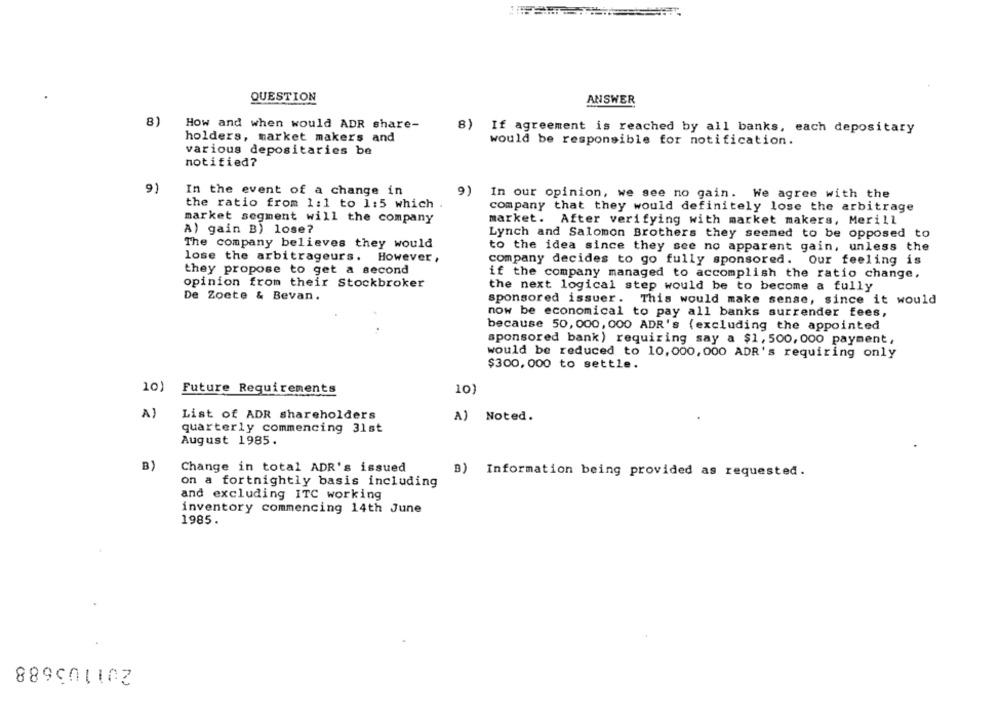
QUESTION
ANSWER
81
How and when would ADR share-
8) If agreement is reached by all banks, each depositary
holders, market makers and
would be responsible for notification.
various depositaries be
notified?
9)
In the event of a change in
9) In our opinion, we see no gain. We agree with the
the ratio from 1:1 to 1:5 which
company that they would definitely lose the arbitrage
market segment will the company
market. After verifying with market makers, Merill
A) gain B) lose?
Lynch and Salomon Brothers they seemed to be opposed to
The company believes they would
to the idea since they see no apparent gain, unless the
lose the arbitrageurs. However ,
company decides to go fully sponsored. Our feeling is
they propose to get a second
if the company managed to accomplish the ratio change,
opinion from their Stockbroker
the next logical step would be to become a fully
De Zoete & Bevan.
sponsored issuer. This would make sense, since it would
now be economical to pay all banks surrender fees,
because 50, 000, 000 ADR's (excluding the appointed
sponsored bank) requiring say a $1, 500, 000 payment,
would be reduced to 10, 000, 000 ADR's requiring only
$300,000 to settle.
10)
Future Requirements
10)
A)
List of ADR shareholders
A) Noted.
quarterly commencing 31st
August 1985.
B)
Change in total ADR's issued
B) Information being provided as requested.
on a fortnightly basis including
and excluding ITC working
inventory commencing 14th June
1985.